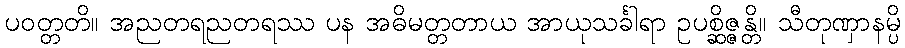
ပဝတ္တတိ။ အညတရညတရဿ ပန အဓိမတ္တတာယ အာယုသင်္ခါရာ ဥပစ္ဆိဇ္ဇန္တိ။ သီတုဏှာနမ္ပိ